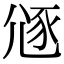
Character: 䝇